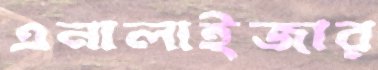
এনালাইজার